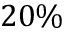
2 0 \%